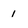
Character: 1